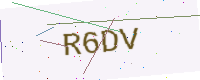
Text: R6DV